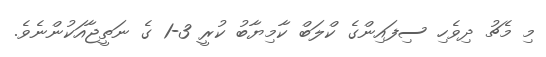
މި މެޗު ދިވެހި ސިފައިންގެ ކްލަބް ކާމިޔާބު ކުރީ 3-1 ގެ ނަތީޖާއަކުންނެވެ.